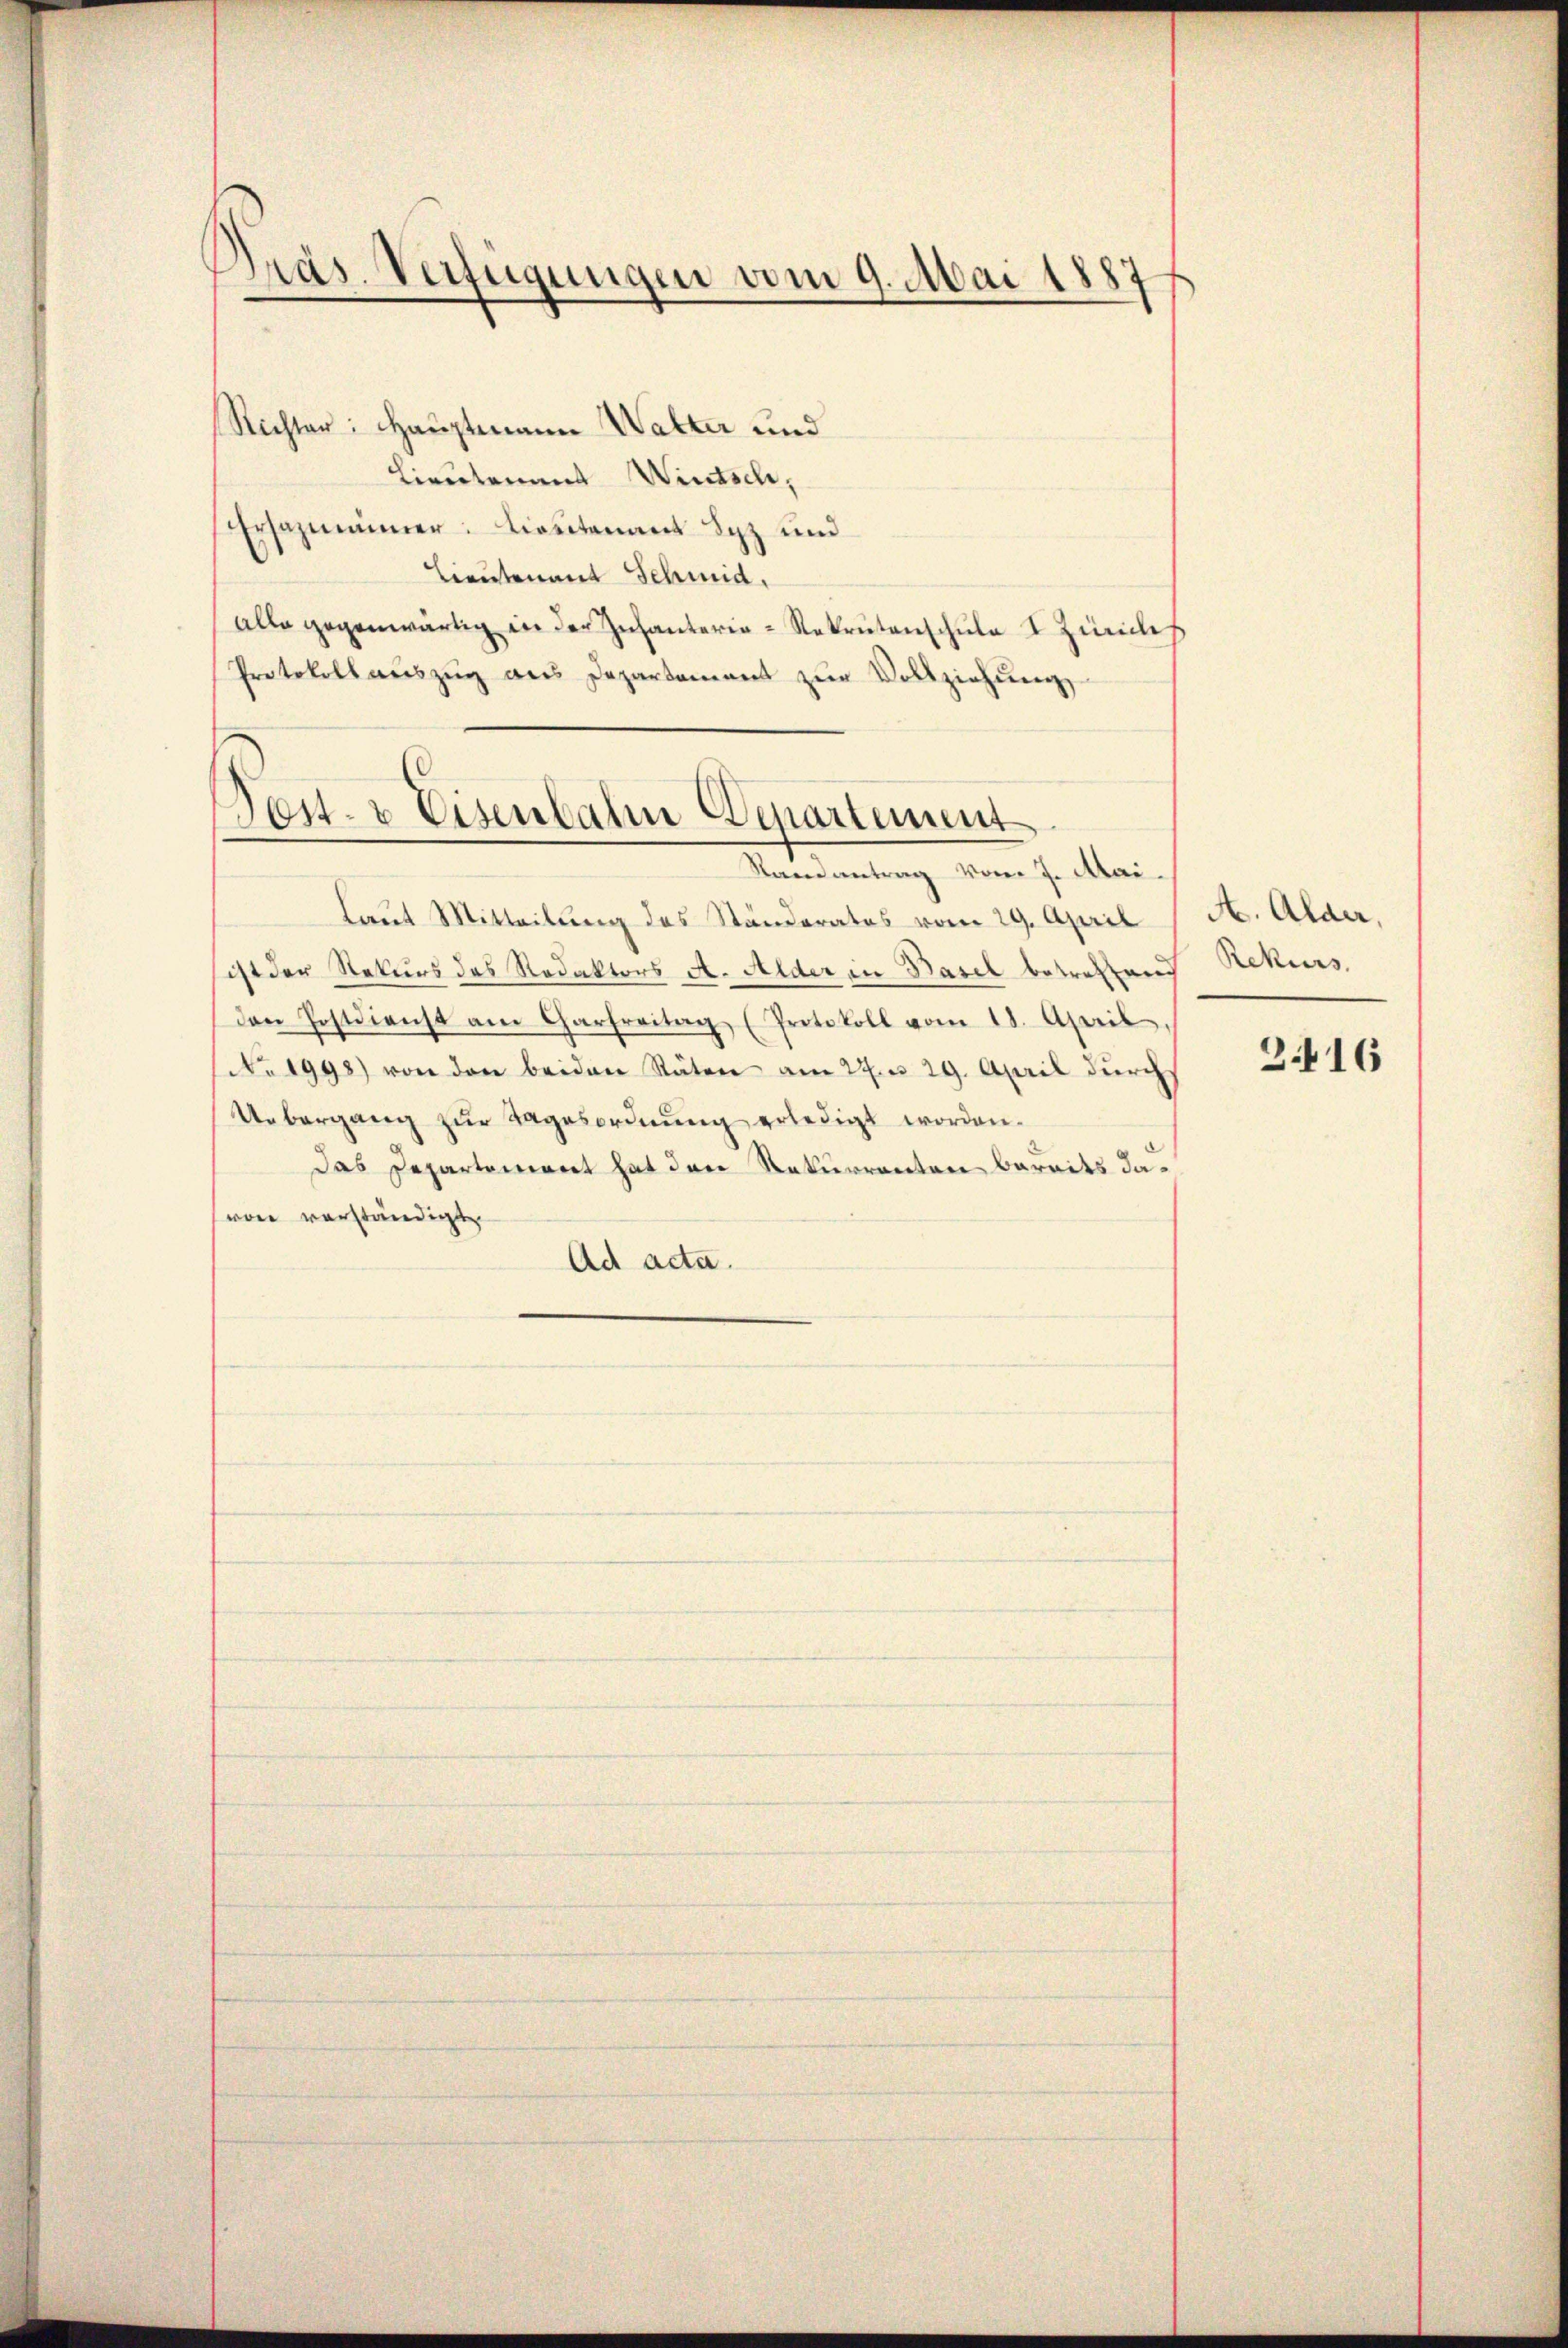
Präs. Verfügungen vom 9. Mai 1887

Richter: Hauptmann Walter und
Lieutenamt Wintsch,
Ersazmänner. Lieutenaus Byz und
Lieutenand Schmid,
alle gegenwärtig in der Infanterie-Rekrutenschule I. Züriches
Protokoll aŭszŭg ans Departement zŭr Vollziehŭng

est- & Eisenbahn Departement
Randantrag vom 7. Mai.

Laut Mitteilung des Ständerates vom 29. April
sist der Rekurs des Redaktors A. Alder in Basel betreffend
den Postdienst am Charfreitag (Protokoll vom 18. April,
No. 1998) von den beiden Stäten am 27. 29. April dŭrch
Uebergang zŭr Tagesordnŭng erledigt worden.
Das Departement hat den Rekurrenten bereits davon verständigte
Ad acta.

A. Alder,
Rekurs.
2416